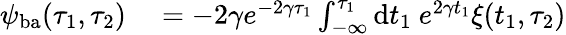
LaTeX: \begin{array}{rl}{\psi_{\mathrm{ba}}(\tau_{1},\tau_{2})}&{{}=-2\gamma e^{-2\gamma\tau_{1}}\int_{-\infty}^{\tau_{1}}\mathrm{d}t_{1}~e^{2\gamma t_{1}}\xi(t_{1},\tau_{2})}\end{array}